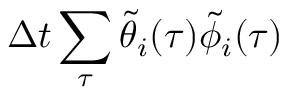
\Delta t \sum _ { \tau } \tilde { \theta } _ { i } ( \tau ) \tilde { \phi } _ { i } ( \tau )